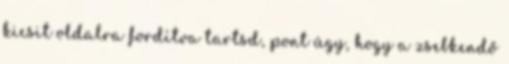
kicsit oldalra fordítva tartsd, pont úgy, hogy a zsebkendő